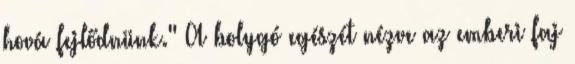
hová fejlődnünk." A bolygó egészét nézve az emberi faj